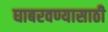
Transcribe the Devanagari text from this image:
घाबरवण्यासाठी